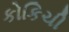
કોકિચી